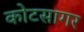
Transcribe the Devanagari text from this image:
कोटसागर